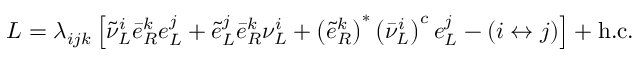
{ \cal L } = \lambda _ { i j k } \left[ \tilde { \nu } _ { L } ^ { i } \bar { e } _ { R } ^ { k } e _ { L } ^ { j } + \tilde { e } _ { L } ^ { j } \bar { e } _ { R } ^ { k } \nu _ { L } ^ { i } + \left( \tilde { e } _ { R } ^ { k } \right) ^ { * } \left( \bar { \nu } _ { L } ^ { i } \right) ^ { c } e _ { L } ^ { j } - ( i \leftrightarrow j ) \right] + \mathrm { h . c . }